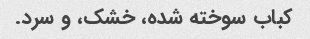
کباب سوخته شده، خشک، و سرد.